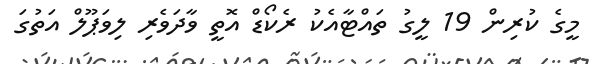
މީގެ ކުރިން 19 ލީގު ތައްޓާއެކު ރެކޯޑް އޮތީ ވާދަވެރި ލިވަޕޫލް އަތުގަ